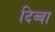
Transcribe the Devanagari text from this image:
दिब्बा